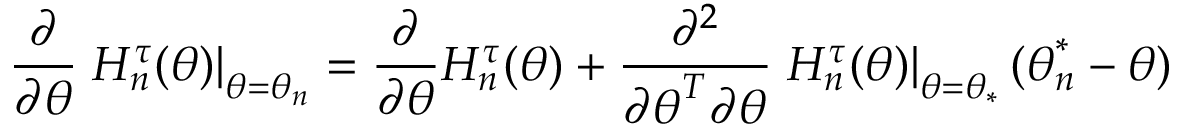
\frac { \partial } { \partial \boldsymbol { \theta } } \left. H _ { n } ^ { \tau } ( \boldsymbol { \theta } ) \right\vert _ { \boldsymbol { \theta = \theta } _ { n } } = \frac { \partial } { \partial \boldsymbol { \theta } } H _ { n } ^ { \tau } ( \boldsymbol { \theta } ) + \frac { \partial ^ { 2 } } { \partial \boldsymbol { \theta } ^ { T } \partial \boldsymbol { \theta } } \left. H _ { n } ^ { \tau } ( \boldsymbol { \theta } ) \right\vert _ { \boldsymbol { \theta = \theta } _ { \ast } } ( \boldsymbol { \theta } _ { n } ^ { \ast } - \boldsymbol { \theta } )